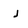
Character: j